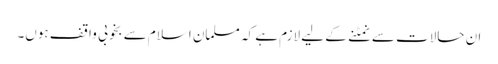
ان حالات سے نمٹنے کے لیے لازم ہے کہ مسلمان اسلام سے بخوبی واقف ہوں۔